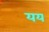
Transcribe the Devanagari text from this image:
यय